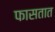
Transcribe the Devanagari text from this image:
फासतात